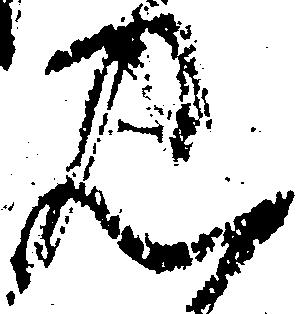
見